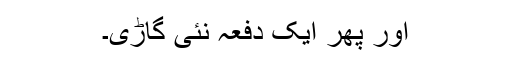
اور پھر ایک دفعہ نئی گاڑی۔